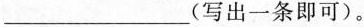
___写出一条即可)。